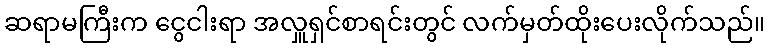
ဆရာမကြီးက ငွေငါးရာ အလှူရှင်စာရင်းတွင် လက်မှတ်ထိုးပေးလိုက်သည်။